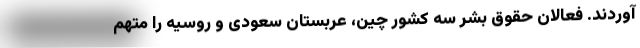
آوردند. فعالان حقوق بشر سه کشور چین، عربستان سعودی و روسیه را متهم